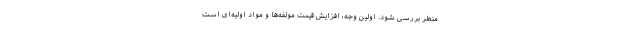
منظر بررسی شود. اولین وجه، افزایش قیمت مولفه‌ها و مواد اولیه‌ای است